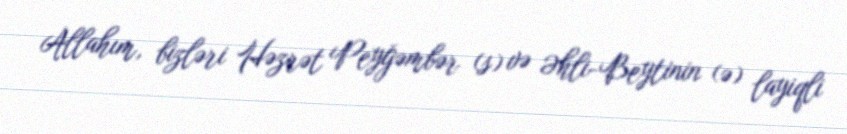
Allahım, bizləri Həzrət Peyğəmbər (s) və Əhli-Beytinin (ə) layiqli